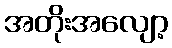
အတိုးအလျော့